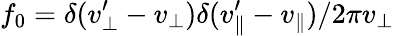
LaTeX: f_{0}=\delta(v_{\perp}^{\prime}-v_{\perp})\delta(v_{\parallel}^{\prime}-v_{\parallel})/2\pi v_{\perp}